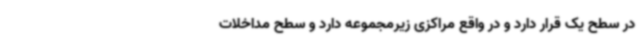
در سطح یک قرار دارد و در واقع مراکزی زیرمجموعه دارد و سطح مداخلات